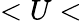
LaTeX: <U<